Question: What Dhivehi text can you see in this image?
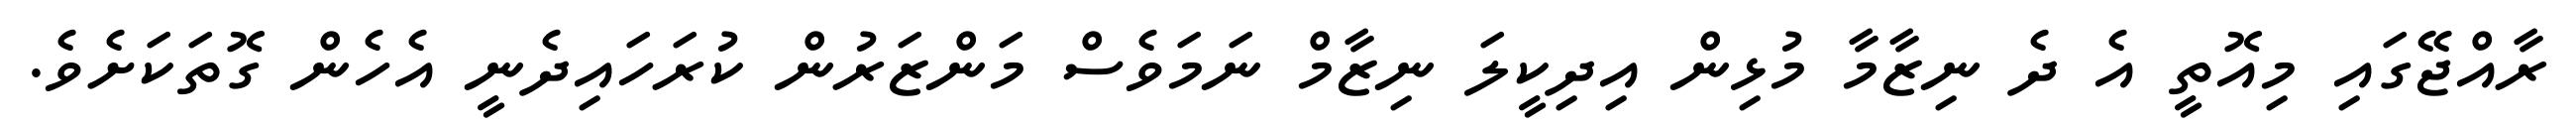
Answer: ރާއްޖޭގައި މިއޮތީ އެ ދެ ނިޒާމާ މުޅިން އިދިކީލަ ނިޒާމް ނަމަވެސް މަންޒަރުން ކުރަހައިދެނީ އެހެން ގޮތަކަށެވެ.